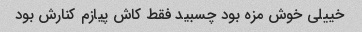
خییلی خوش مزه بود چسبید فقط کاش پیازم کنارش بود